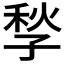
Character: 𡥻